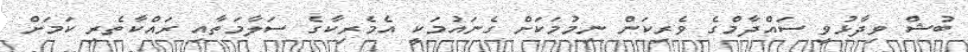
ބުޝް ވިދާޅުވީ ސައްދާމްގެ ވެރިކަން ނިމުމަކަށް ގެނައުމަކީ އެމެރިކާގެ ސަލާމަތާއި ރައްކާތެރި ކަމަށް